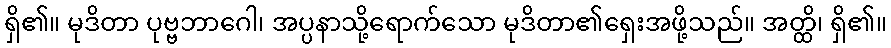
ရှိ၏။ မုဒိတာ ပုဗ္ဗဘာဂေါ၊ အပ္ပနာသို့ရောက်သော မုဒိတာ၏ရှေးအဖို့သည်။ အတ္ထိ၊ ရှိ၏။